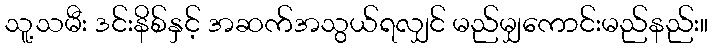
သူ့သမီး ဒင်းနိစ်နှင့် အဆက်အသွယ်ရလျှင် မည်မျှကောင်းမည်နည်း။